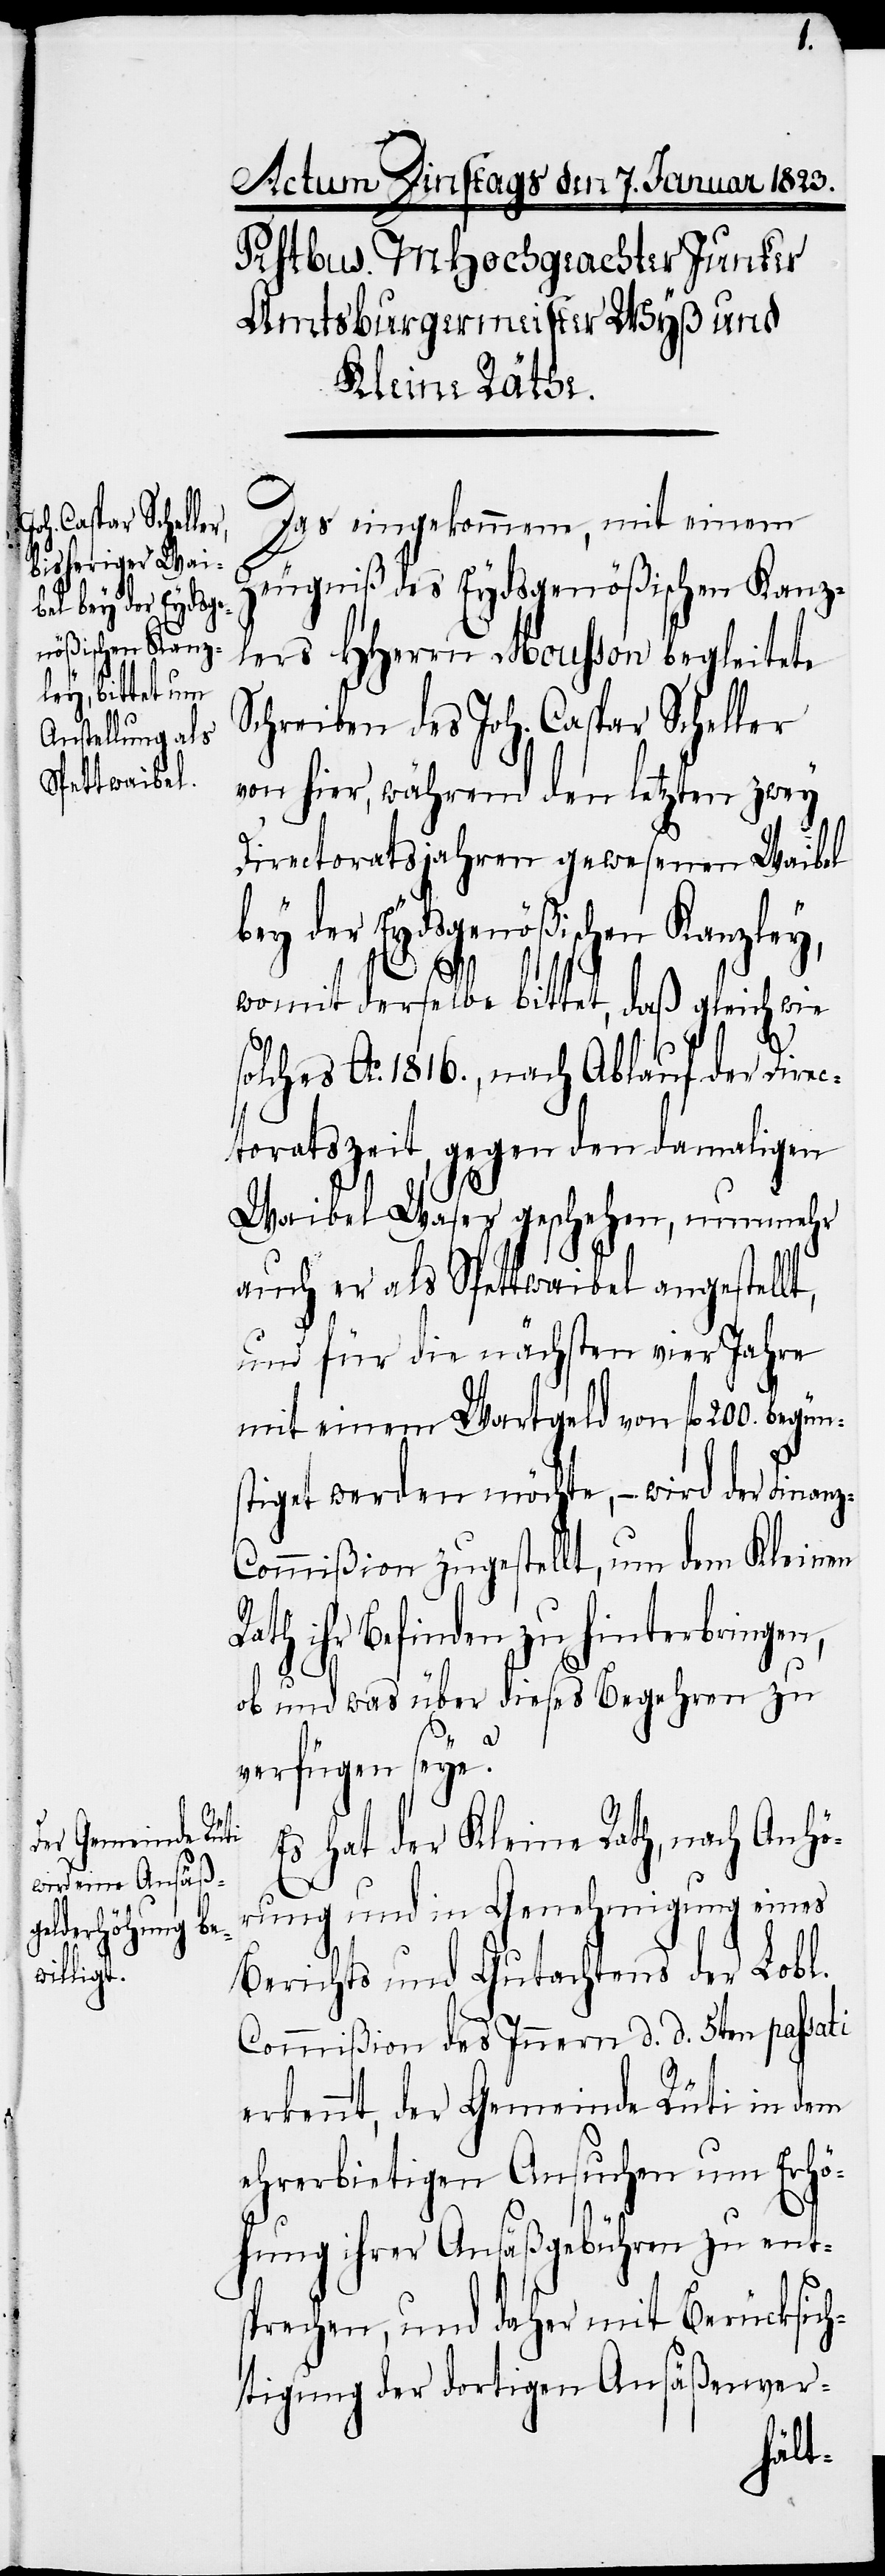
t,
Das eingekommene, mit einem
Zeugniß des Eydsgenößischen Kanz¬
lers HHerrn Mousson begleitete
Schreiben des Joh. Caspar Scheller
von hier, während den letzten zwey
Directoratsjahren gewesenen Waibel
bey der Eydsgenößischen Kanzley,
womit derselbe bittet, daß gleich wie
solches Ao. 1816., nach Ablauf der Direc¬
toratszeit, gegen den damaligen
Waibel Waser geschehen, nunmehr
auch er als Spettwaibel angestell¬
und für die nächsten vier Jahre
mit einem Wartgeld von fl. 200. begün¬
stiget werden möchte, – wird der Finan¬
z-Commißion zugestellt, um dem Kleinen
Rath ihr Befinden zu hinterbringen,
ob und was über dieses Begehren zu
verfügen seye?
Es hat der Kleine Rath, nach Anhö¬
rung und in Genehmigung eines
Berichts und Gutachtens der Lobl.
Commißion des Innern d. d. 5ten passati
erkennt, der Gemeinde Rüti in dem
ehrerbietigen Ansuchen um Erhö¬
hung ihrer Ansäßgebühren zu ent¬
sprechen, und daher mit Berücksich¬
tigung der dortigen Ansäßenver-